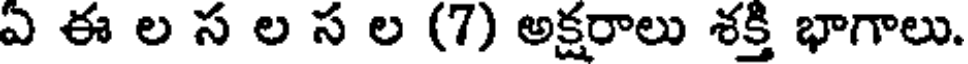
ఏ ఈ ల స ల స ల (7) అక్షరాలు శక్తి భాగాలు.